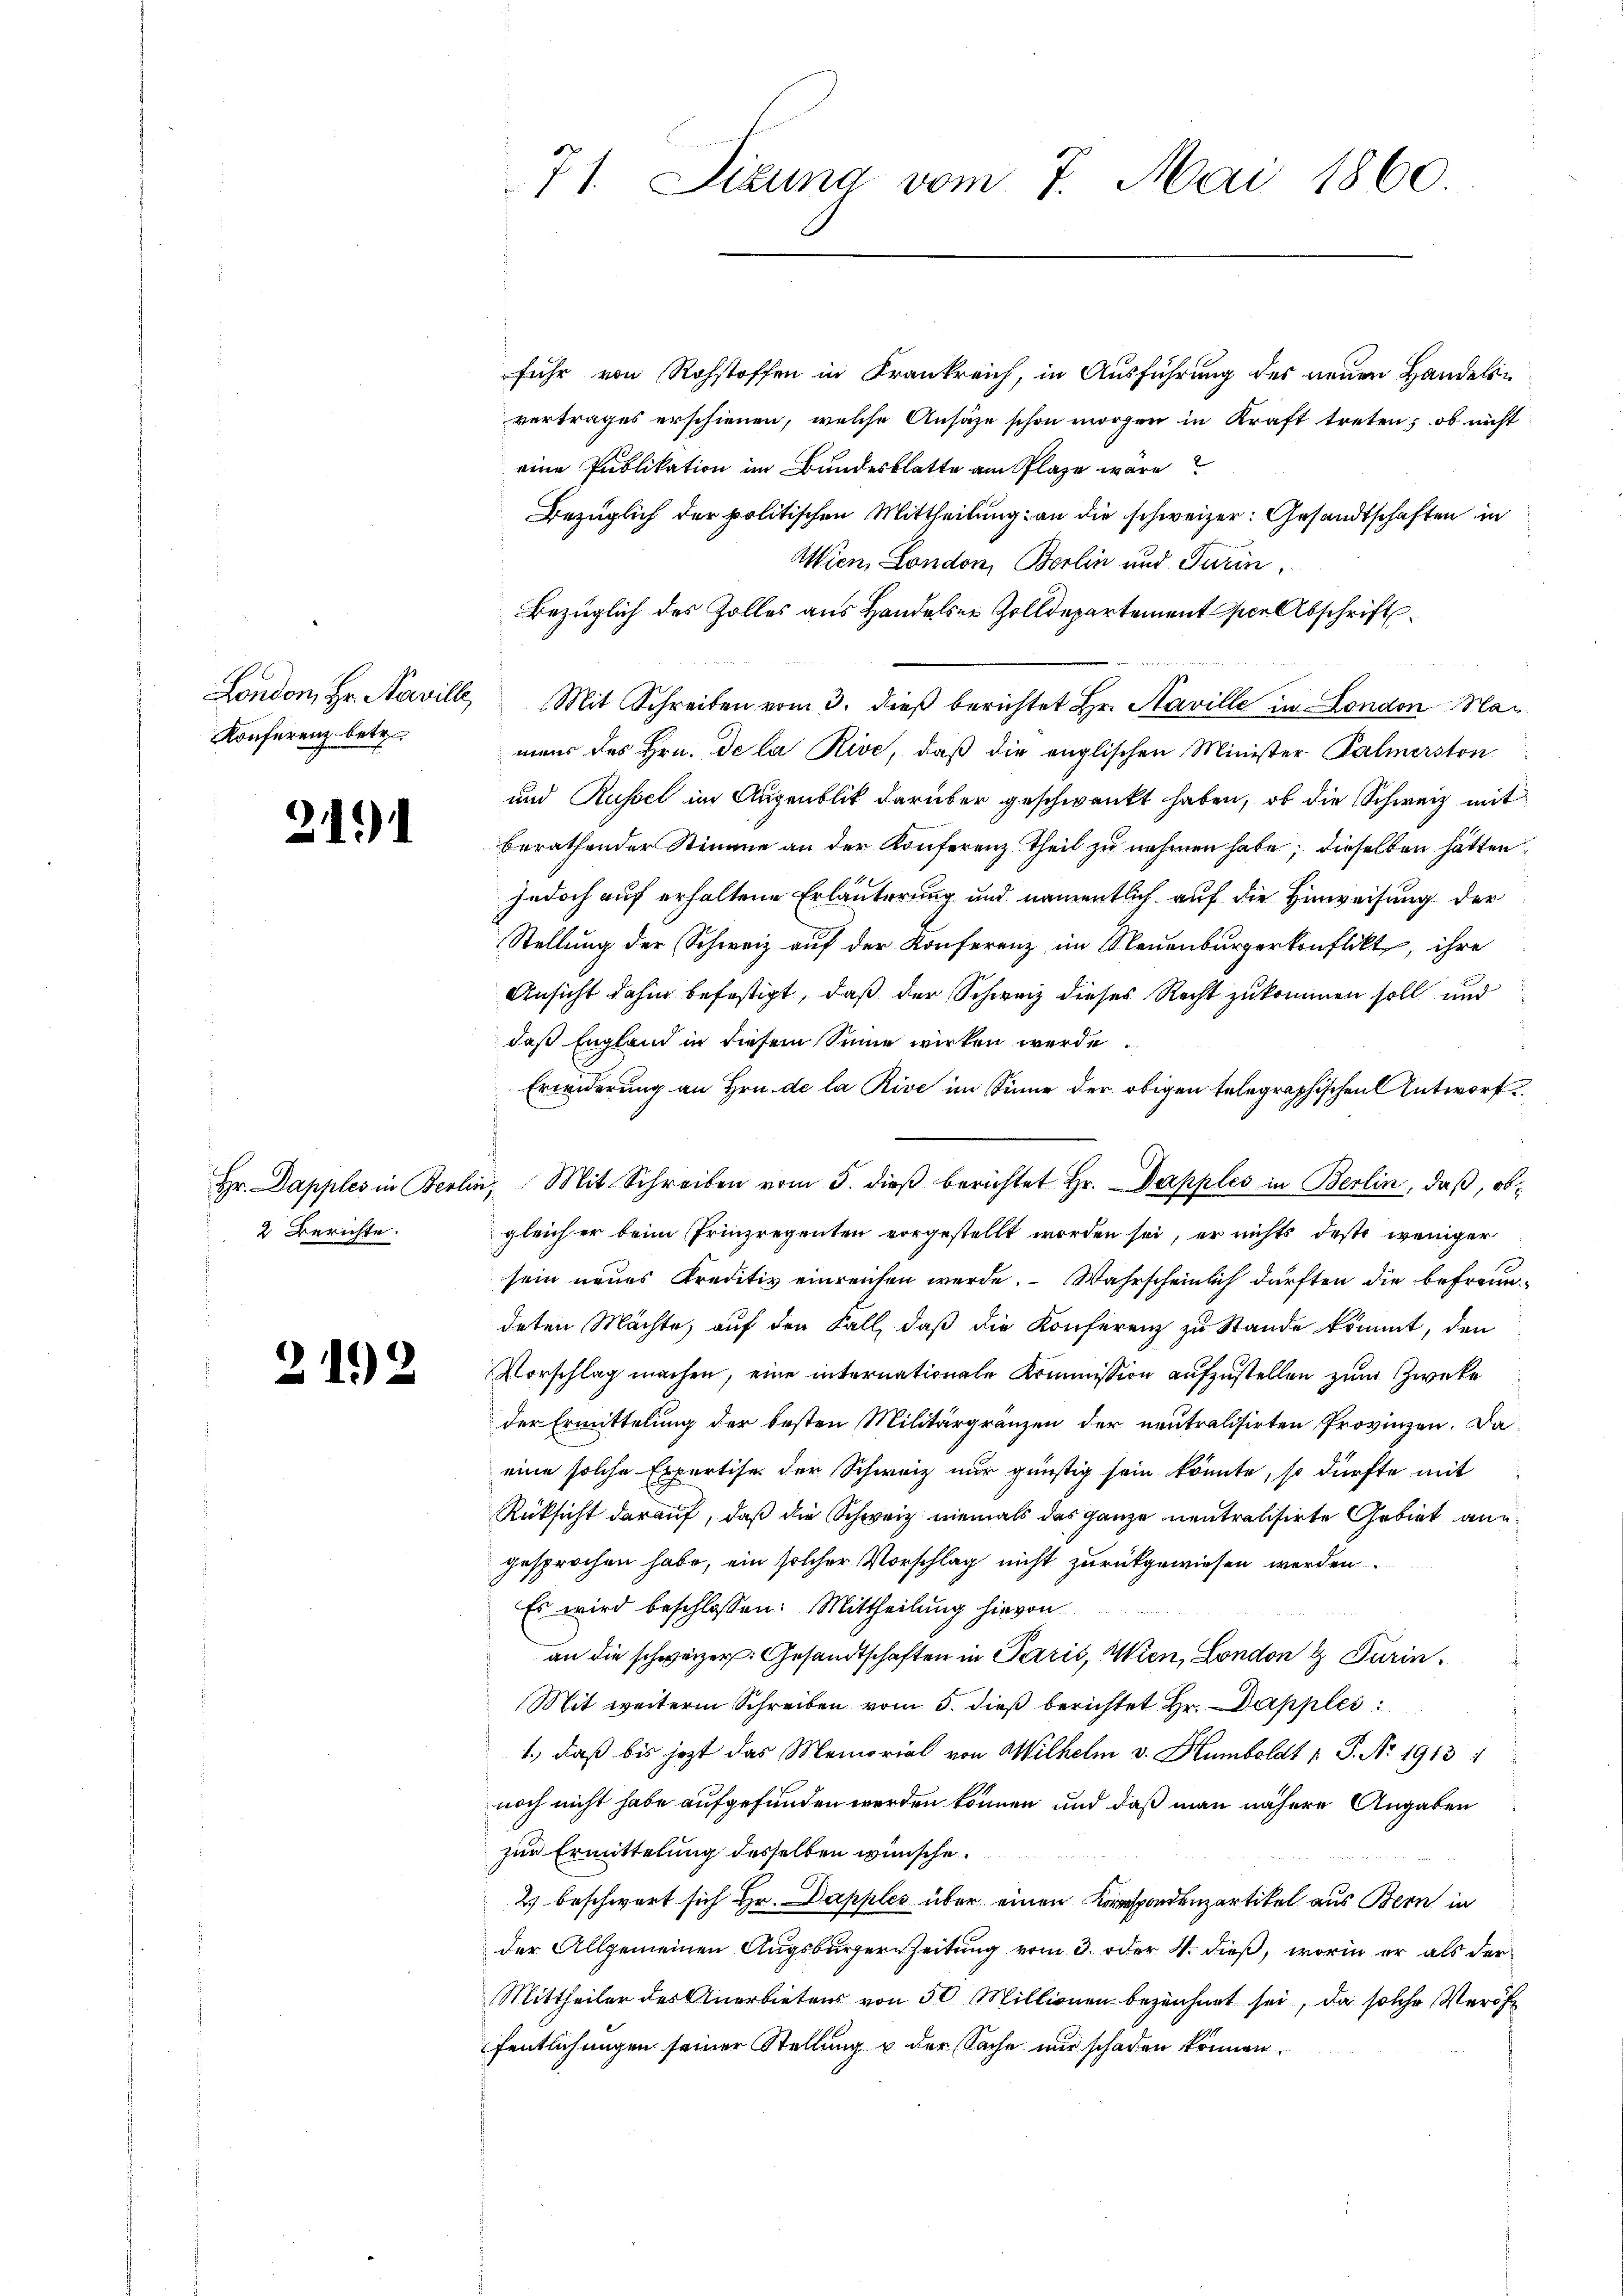
London, Hr. Navill
Konferenz betr.

2.191

Hr. Dapples in Berli
2 Berichte.

2192

71. Sizung vom 7. Mai 1860

fuhr von Rohstoffen in Frankreich, in Ausführung des neuen Handeln
vertrages erschienen, welche Ansähe schon morgen in Kraft treten; ob nicht
eine Publikation im Bundesblatte am Plaze wäre
Bezüglich der politischen Mittheilung an die schweizer: Gesandtschaften in
Wien, London, Berlin und Turin,
Bezüglich des Zolles aus Handelser Zolldepartement ser Abschrift

mens des Hrn. De la Rive, daß die englischen Minister Palmerston
und Russel im Augenblick darüber geschwankt haben, ob die Schweiz mit
berathender Stimme an der Konferenz theil zu nehmen habe; dieselben hätten
jedoch auf erhaltene Erläuterung und namentlich auf die Hinweisung der
Stellung der Schweiz auf der Konferenz im Neuenburgerkonflikt, ihre
Ansicht dahin befestigt, daß der Schweiz dieses Recht zukommen soll und
daß England in diesem Sinne wirken werde.
Erwiderung an Hrn. de la Rive im Sinne der obigen telegraphischen Antworf
Mit Schreiben vom 5. dieβ berichtet Hr. Dapples in Berlin, daß, obgleich er beim Prinzregenten vorgestellt worden sei, er nichts deste weniger
sein neues Kreditiv einreichen werde. Wahrscheinlich dürften die befreundeten Mächte, auf den Fall, daß die Konferenz zu Stande kommt, den
Vorschlag machen, eine internationale Kommission aufzustellen zum Zwecke
der Ermittelung der besten Militärgränzen der neutralisirten Provinzen. Daeine solche Expertise der Schweiz nur günstig sein könnte, so dürfte mit
Rücksicht darauf, daß die Schweiz niemals das ganze neutralisirte Gebiet ang
gesprochen habe, ein solcher Vorschlag nicht zurückgewiesen werden.
Es wird beschlossen: Mittheilung hievon
an die schweizer. Gesandtschaften in Paris, Wien, London & Turin¬
Mit weiterm Schreiben vom 5. dieß berichtet Hr. Dappler
1., daß bis jetzt das Memorial von Wilhelm v. Humboldt p. P. Nr. 1913 1
noch nicht habe aufgefunden werden können und daß man nähere Angaben
zur Ermittelung desselben wünsche.
2) beschwert sich Hr. Dapples über einen Korrspondenzartikel aus Bern in
der Allgemeinen Augsburgern Zeitung vom 3. oder 4. dieß, worin er als der
Mittheiler des Anerbietens von 50 Millionen bezeichnet sei, da solche Veröf
fentlichungen seiner Stellung u der Sache nur schaden können.

Mit Schreiben vom 3. dieß berichtet Hr. Naville in London Man